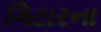
ગિટારના